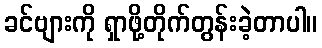
ခင်ဗျားကို ရှာဖို့တိုက်တွန်းခဲ့တာပါ။